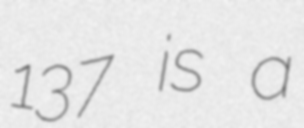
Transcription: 137 is a